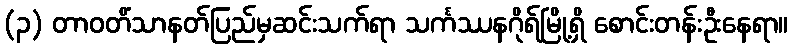
(၃) တာဝတိံသာနတ်ပြည်မှဆင်းသက်ရာ သင်္ကဿနဂိုရ်မြို့ရှိ စောင်းတန်းဦးနေရာ။